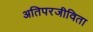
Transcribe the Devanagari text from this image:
अतिपरजीविता